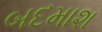
બદમાશ